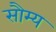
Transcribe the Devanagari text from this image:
सौम्‍य